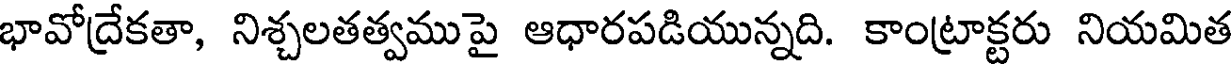
భావోద్రేకతా, నిశ్చలతత్వముపై ఆధారపడియున్నది. కాంట్రాక్టరు నియమిత